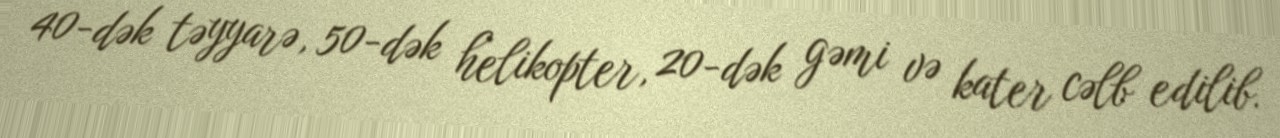
40-dək təyyarə, 50-dək helikopter, 20-dək gəmi və kater cəlb edilib.